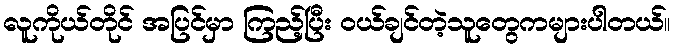
လူကိုယ်တိုင် အပြင်မှာ ကြည့်ပြီး ဝယ်ချင်တဲ့သူတွေကများပါတယ်။